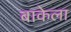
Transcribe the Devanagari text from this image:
बाकेला